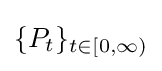
\{P_{t}\}_{t\in [0,\infty )}